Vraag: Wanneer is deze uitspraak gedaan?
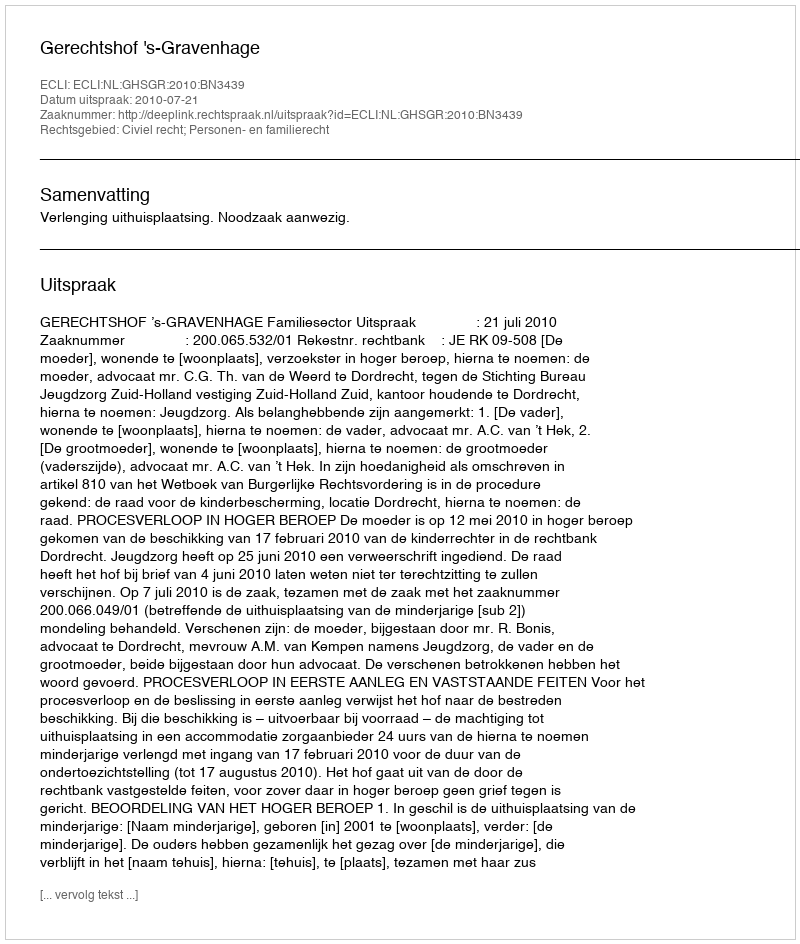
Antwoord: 2010-07-21